Rangoon Lunatic Asylum 1898-1906 - 1898-1906
Year: 1898
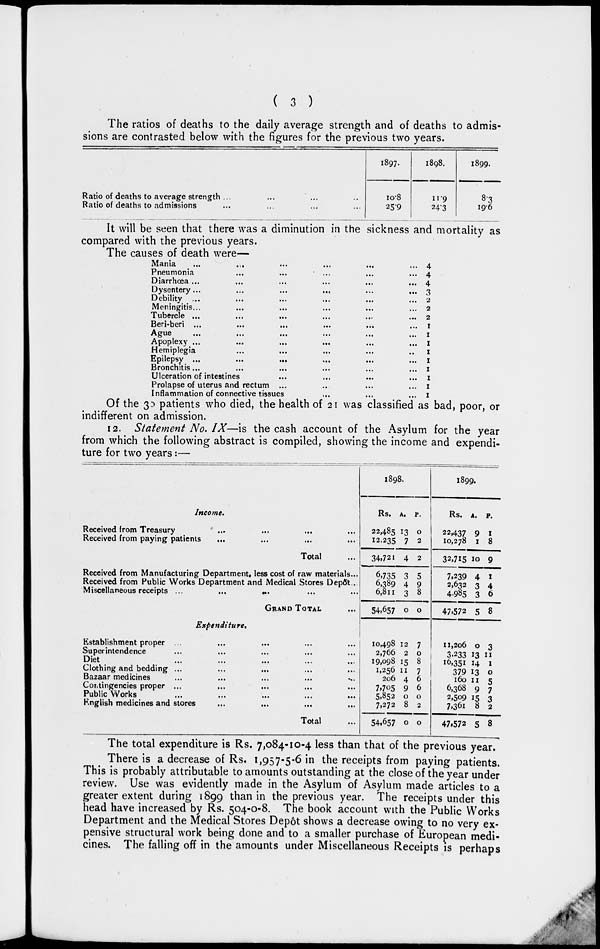
( 3 )
The ratios of deaths to the daily average strength and of deaths to admis-
sions are contrasted below with the figures for the previous two years.
Ratio of deaths to average strength ... ... ... ...
Ratio of deaths to admissions ... ... ... ...
1897.
10.8
25.9
1898.
11.9
24.3
1899.
8.3
19.6
It will be seen that there was a diminution in the sickness and mortality as
compared with the previous years.
The causes of death were—
Mania ... ... ... ... ... ...
Pneumonia ... ... ... ... ...
Diarrhœa ... ... ... ... ... ...
Dysentery...
...
...
...
...
...
Debility ... ... ... ... ... ...
Meningitis... ... ... ... ... ...
Tubercle ... ... ... ... ... ...
Beri-beri
...
...
...
...
...
...
Ague ... ... ... ... ... ...
Apoplexy ... ... ... ... ... ...
Hemiplegia ... ... ... ... ...
Epilepsy ... ... ... ... ... ...
Bronchitis... ... ... ... ... ...
Ulceration of intestines ... ... ... ...
Prolapse of uterus and rectum ... ... ... ...
Inflammation of connective tissues ... ... ...
4
4
4
3
2
2
2
1
1
1
1
1
1
1
1
1
Of the 30 patients who died, the health of 21 was classified as bad, poor, or
indifferent on admission.
12. Statement No. IX—is the cash account of the Asylum for the year
from which the following abstract is compiled, showing the income and expendi-
ture for two years:—
Income.
Received from Treasury ... ... ... ...
Received from paying patients ... ... ... ...
Total ... ... ... ... ...
Received from Manufacturing Department, less cost of raw materials...
Received from Public Works Department and Medical Stores Depôt ...
Miscellaneous receipts ... ... ... ... ...
GRAND TOTAL
Expenditure.
Establishment proper ... ... ... ... ...
Superintendence ... ... ... ... ...
Diet ... ... ... ... ...
Clothing and bedding ... ... ... ... ...
Bazaar medicines ... ... ... ... ...
Contingencies proper ... ... ... ...
Public Works ... ... ... ... ...
English medicines and stores ... ... ... ...
Total ...
1898.
Rs.
22,485
12,235
34,721
6,735
6,389
6,811
54,657
10,498
2,766
19,098
1,256
206
7,705
5,852
7,272
54,657
A.
13
7
4
3
4
3
0
12
2
15
11
4
9
0
8
0
P.
0
2
2
5
9
8
0
7
0
8
7
6
6
0
2
0
1899.
Rs.
22,437
10,278
32,715
7,239
2,632
4,985
47,572
11,206
3,233
16,351
379
160
6,368
2,509
7,361
47,572
A.
9
1
10
4
3
3
5
0
13
14
13
11
9
15
8
5
P.
1
8
9
I
4
6
8
3
11
1
0
5
7
3
2
8
The total expenditure is Rs. 7,084-10-4 less than that of the previous year.
There is a decrease of Rs. 1,957-5-6 in the receipts from paying patients.
This is probably attributable to amounts outstanding at the close of the year under
review. Use was evidently made in the Asylum of Asylum made articles to a
greater extent during 1899 than in the previous year. The receipts under this
head have increased by Rs. 504-0-8. The book account with the Public Works
Department and the Medical Stores Depôt shows a decrease owing to no very ex-
pensive structural work being done and to a smaller purchase of European medi-
cines. The falling off in the amounts under Miscellaneous Receipts is perhaps